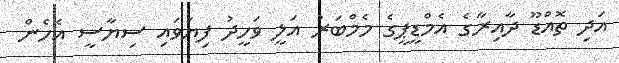
އަދި ތޮއްޑޫ ދާއިރާގެ އެމްޑީޕީގެ މެމްބަރު އަލީ ވަހީދު ފިޔަވައި ސިޔާސީ އެހެން